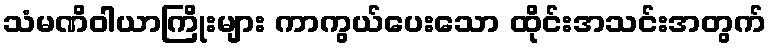
သံမဏိဝါယာကြိုးများ ကာကွယ်ပေးသော ထိုင်းအသင်းအတွက်